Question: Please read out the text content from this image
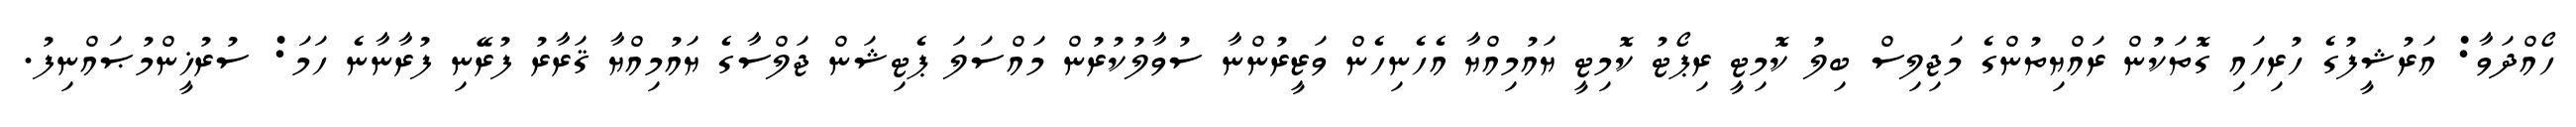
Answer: ހޯއްދަވާ: އަރުޝީފުގެ ހުރިހައި ގޮތަކުން ރައްޔިތުންގެ މަޖިލިސް ބިލު ކޮމިޓީ ރިޕޯޓު ކޮމިޓީ ޔައުމިއްޔާ އެހެނިހެން ވަޒީރުންނާ ސުވާލުކުރުން މައްސަލަ ޕެޓިޝަން ޖަލްސާގެ ޔައުމިއްޔާ ޤަރާރު ފުރޭނި ފުރާނާނެ ހަމަ: ސުރުޚީންމުޞައްނިފު.